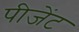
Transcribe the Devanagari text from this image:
पीजेंट